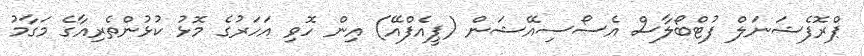
ޕްރޮފެޝަނަލް ފުޓްބޯލާސް އެސޯސިއޭޝަން (ޕީއެފްއޭ) އިން ހޮވި އަހަރުގެ މޮޅު ކުޅުންތެރިއާގެ މަގާމު